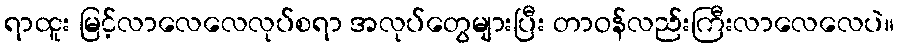
ရာထူး မြင့်လာလေလေလုပ်စရာ အလုပ်တွေများပြီး တာဝန်လည်းကြီးလာလေလေပဲ။